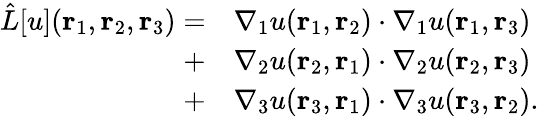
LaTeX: \begin{array}{rl}{\hat{L}[u]({\mathbf{r}_{1}},{\mathbf{r}_{2}},{\mathbf{r}_{3}})=}&{{}\nabla_{1}u({\mathbf{r}_{1}},{\mathbf{r}_{2}})\cdot\nabla_{1}u({\mathbf{r}_{1}},{\mathbf{r}_{3}})}\\ {+}&{{}\nabla_{2}u({\mathbf{r}_{2}},{\mathbf{r}_{1}})\cdot\nabla_{2}u({\mathbf{r}_{2}},{\mathbf{r}_{3}})}\\ {+}&{{}\nabla_{3}u({\mathbf{r}_{3}},{\mathbf{r}_{1}})\cdot\nabla_{3}u({\mathbf{r}_{3}},{\mathbf{r}_{2}}).}\end{array}